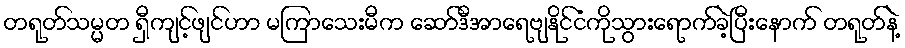
တရုတ်သမ္မတ ရှီကျင့်ဖျင်ဟာ မကြာသေးမီက ဆော်ဒီအာရေဗျနိုင်ငံကိုသွားရောက်ခဲ့ပြီးနောက် တရုတ်နဲ့